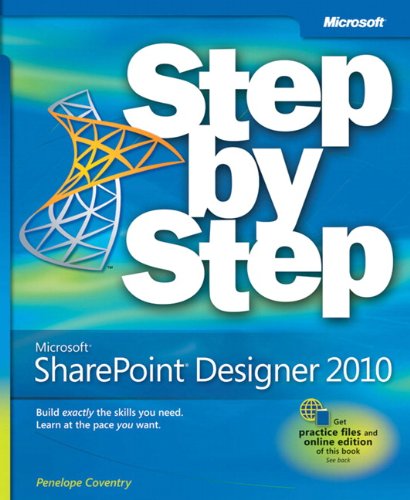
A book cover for Microsoft SharePoint Designer 2010 Step by Step; Penelope Coventry; Computers & Technology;